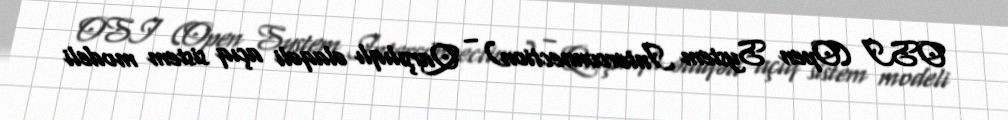
OSI (Open System Interconnection) – Qarşılıqlı əlaqəli açıq sistem modeli